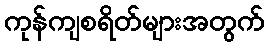
ကုန်ကျစရိတ်များအတွက်